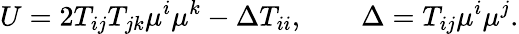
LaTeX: U=2T_{ij}T_{jk}\mu^{i}\mu^{k}-\Delta T_{ii},\qquad\Delta=T_{ij}\mu^{i}\mu^{j}.